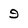
Character: 9